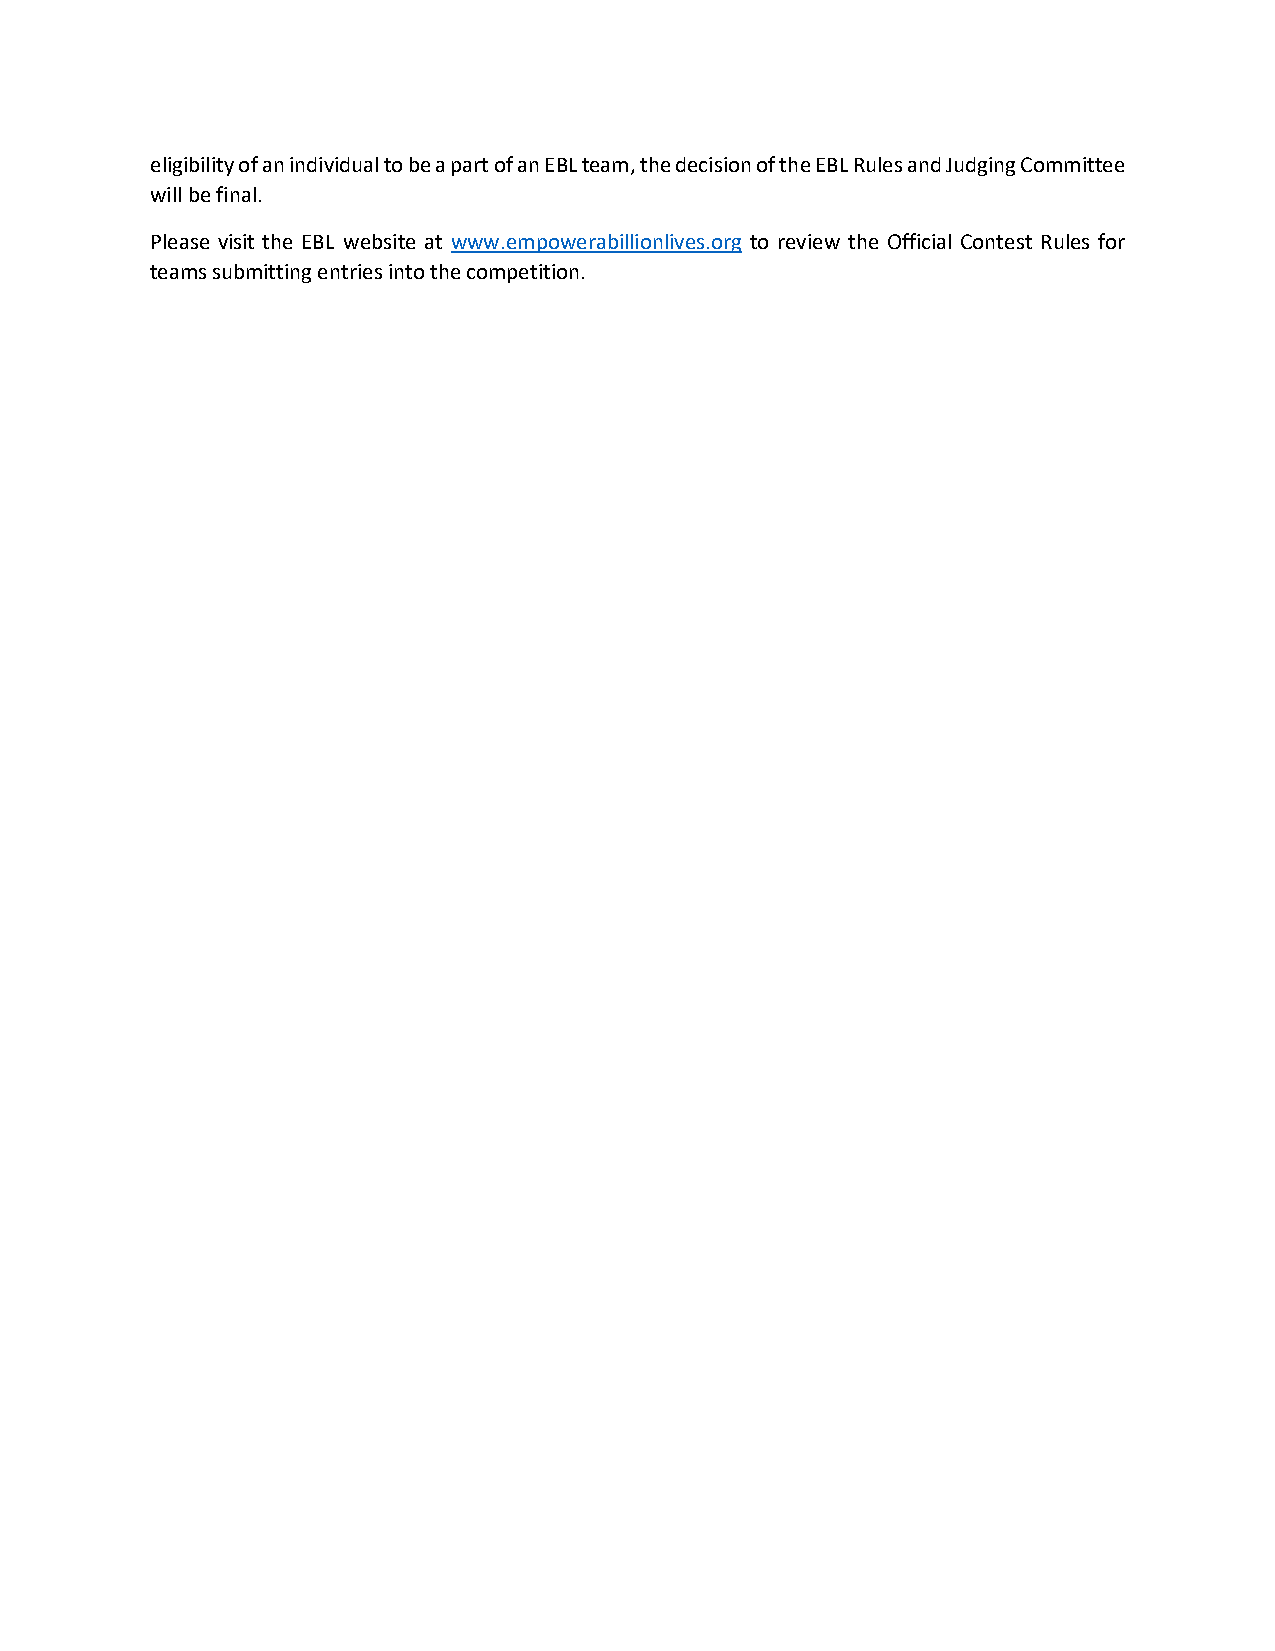
eligibility of an individual to be a part of an EBL team, the decision of the EBL Rules and Judging Committee
 will be final.
 Please visit the EBL website at www.empowerabillionlives.org to review the Official Contest Rules for
 teams submitting entries into the competition.